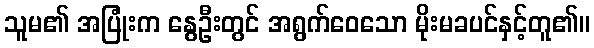
သူမ၏ အပြုံးက နွေဦးတွင် အရွက်ဝေသော မိုးမခပင်နှင့်တူ၏။